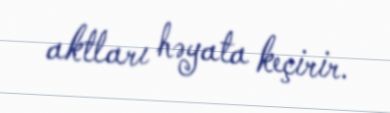
aktları həyata keçirir.